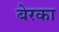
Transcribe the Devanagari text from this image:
बेरका